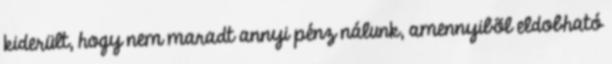
kiderült, hogy nem maradt annyi pénz nálunk, amennyibõl eldobható